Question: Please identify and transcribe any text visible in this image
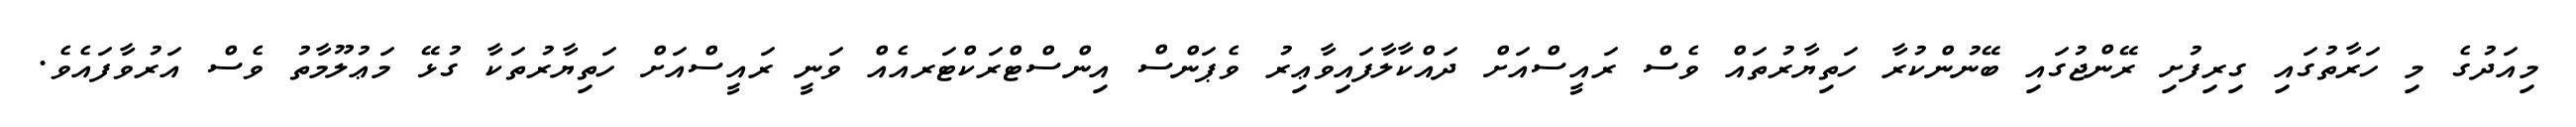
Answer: މިއަދުގެ މި ހަރާތުގައި ގިރިފުށި ރޭންޖުގައި ބޭނުންކުރާ ހަތިޔާރުތައް ވެސް ރައީސްއަށް ދައްކާލާފައިވާޢިރު ވެޕަންސް އިންސްޓްރަކްޓަރއެއް ވަނީ ރައީސްއަށް ހަތިޔާރުތަކާ ގުޅޭ މަޢުލޫމާތު ވެސް އަރުވާފައެވެ.